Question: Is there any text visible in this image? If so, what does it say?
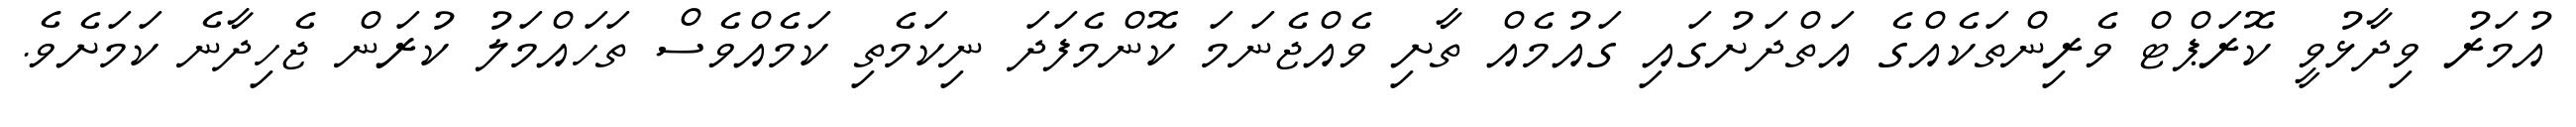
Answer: އުމަރު ވިދާޅުވީ ކޮރަޕްޓް ވެރިންތަކެއްގެ އަތްދަށުގައި ގައުމެއް ތާށި ވެއްޖެނަމަ ކޮންމެފަދަ ނިކަމެތި ކަމެއްވެސް ތަހައްމަލު ކުރަން ޖެހިދާނެ ކަމަށެވެ.